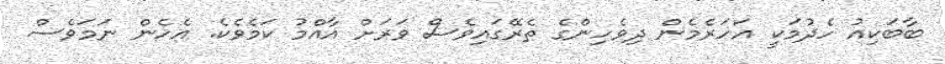
ބާބަކިއު ހެދުމަކީ އަހަރެމެން ދިވެހިންގެ ތެރޭގައިވެސް ވަރަށް އާއްމު ކަމެވެކެ. އެހެން ނަމަވެސް